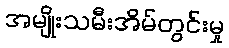
အမျိုးသမီးအိမ်တွင်းမှု